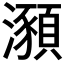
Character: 𤃣